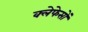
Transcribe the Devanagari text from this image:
क्लेफेसों